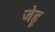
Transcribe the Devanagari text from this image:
जेहू